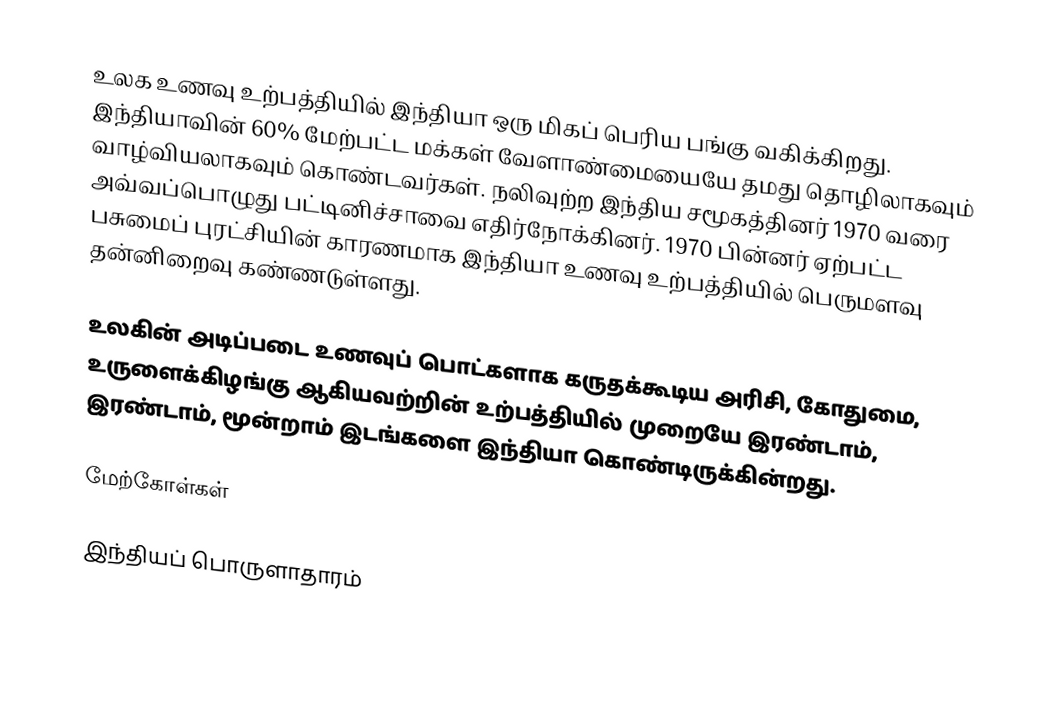
உலக உணவு உற்பத்தியில் இந்தியா ஒரு மிகப் பெரிய பங்கு வகிக்கிறது.  இந்தியாவின் 60% மேற்பட்ட மக்கள் வேளாண்மையையே தமது தொழிலாகவும் வாழ்வியலாகவும் கொண்டவர்கள்.  நலிவுற்ற இந்திய சமூகத்தினர் 1970 வரை அவ்வப்பொழுது பட்டினிச்சாவை எதிர்நோக்கினர்.  1970 பின்னர் ஏற்பட்ட பசுமைப் புரட்சியின் காரணமாக இந்தியா உணவு உற்பத்தியில் பெருமளவு தன்னிறைவு கண்ணடுள்ளது.

உலகின் அடிப்படை உணவுப் பொட்களாக கருதக்கூடிய அரிசி, கோதுமை, உருளைக்கிழங்கு ஆகியவற்றின் உற்பத்தியில் முறையே இரண்டாம், இரண்டாம், மூன்றாம் இடங்களை இந்தியா கொண்டிருக்கின்றது.

மேற்கோள்கள்

இந்தியப் பொருளாதாரம்